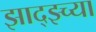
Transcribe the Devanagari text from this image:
झाद्झ्च्या